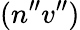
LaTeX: (n^{\prime\prime}v^{\prime\prime})